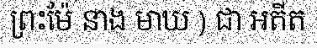
ព្រះម៉ែ នាង មាឃ ) ជា អតីត